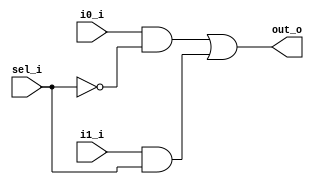
`timescale 1ns / 1ps
//////////////////////////////////////////////////////////////////////////////////
// Company: 
// Engineer: 
// 
// Design Name: 
// Module Name: mux_2_1
// Project Name: 
// Target Devices: 
// Tool Versions: 
// Description: 
// 
// Dependencies: 
// 
// Revision:
// Revision 0.01 - File Created
// Additional Comments:
// 
//////////////////////////////////////////////////////////////////////////////////


module mux_2_1
(
input i0_i,
input i1_i,
input sel_i,
output out_o
);

wire not1, and1, and2;

not G1 (not1,sel_i);
and G2 (and1,i0_i,not1);
and G3 (and2,i1_i,sel_i);
or G4 (out_o,and1,and2);

endmodule